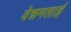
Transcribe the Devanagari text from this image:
वेन्नमलाई